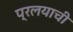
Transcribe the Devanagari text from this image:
प्रलयाची